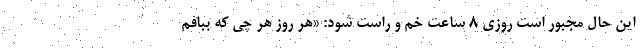
این حال مجبور است روزی ۸ ساعت خم و راست شود: «هر روز هر چی که ببافم